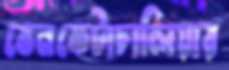
ভেনকেটাচালিয়ার